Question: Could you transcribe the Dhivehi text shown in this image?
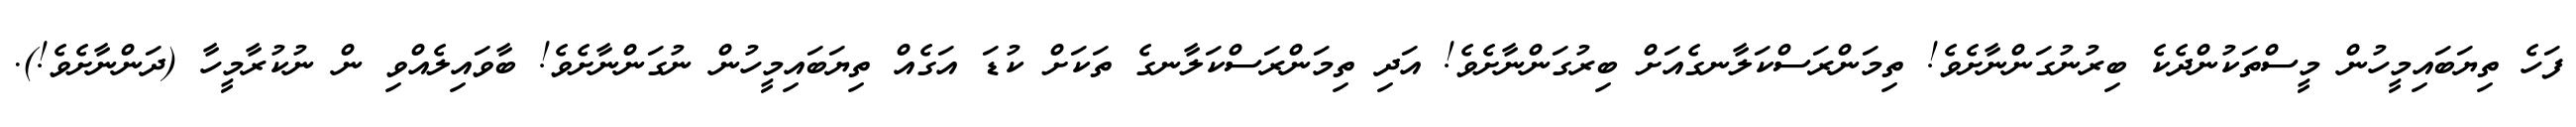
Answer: ފަހެ ތިޔަބައިމީހުން މީސްތަކުންދެކެ ބިރުނުގަންނާށެވެ! ތިމަންރަސްކަލާނގެއަށް ބިރުގަންނާށެވެ! އަދި ތިމަންރަސްކަލާނގެ ތަކަށް ކުޑަ އަގެއް ތިޔަބައިމީހުން ނުގަންނާށެވެ! ބާވައިލެއްވި ން ނުކުރާމީހާ (ދަންނާށެވެ!).